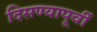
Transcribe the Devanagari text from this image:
दिसण्यापूर्वी